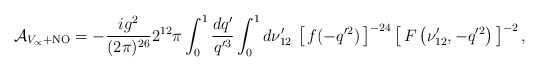
\begin{align*}{\cal A}_{V_\propto+{\rm NO}} = -{ig^2\over(2\pi)^{26}}2^{12}\pi \int_0^1{dq'\over q'^3}\int_0^1d\nu'_{12}\, \left[\,f(-q'^2)\,\right]^{-24} \left[\,F\left(\nu'_{12},-q'^2\right)\,\right]^{-2},\end{align*}